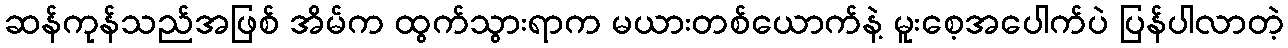
ဆန်ကုန်သည်အဖြစ် အိမ်က ထွက်သွားရာက မယားတစ်ယောက်နဲ့ မူးစေ့အပေါက်ပဲ ပြန်ပါလာတဲ့